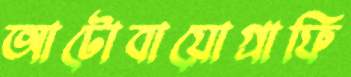
আটোবায়োগ্রাফি